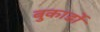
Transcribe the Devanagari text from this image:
बुकार्डो